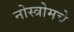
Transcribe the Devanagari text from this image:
नोस्त्रोमचे